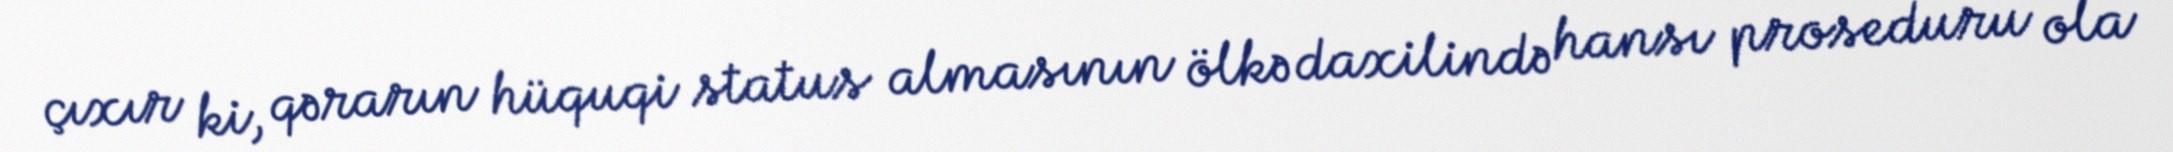
çıxır ki, qərarın hüquqi status almasının ölkə daxilində hansı proseduru ola